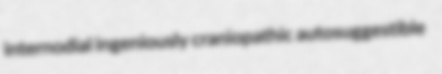
internodial ingeniously craniopathic autosuggestible